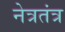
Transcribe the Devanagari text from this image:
नेत्रतंत्र